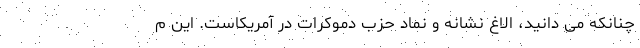
چنانکه می دانید، الاغ نشانه و نماد حزب دموکرات در آمریکاست. این م